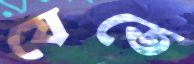
যেতে